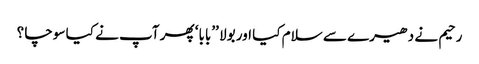
رحیم نے دھیرے سے سلام کیا اور بولا ’’بابا‘ پھر آپ نے کیا سوچا ؟